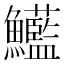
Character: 𩽭